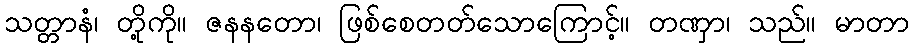
သတ္တာနံ၊ တို့ကို။ ဇနနတော၊ ဖြစ်စေတတ်သောကြောင့်။ တဏှာ၊ သည်။ မာတာ